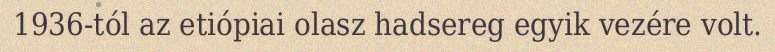
1936-tól az etiópiai olasz hadsereg egyik vezére volt.